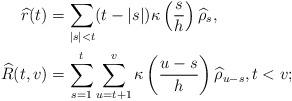
LaTeX: \begin{align*}\widehat{r}(t)&=\sum_{|s|<t}(t-|s|)\kappa\left(\frac{s}{h}\right)\widehat{\rho}_s,\\\widehat{R}(t,v)&=\sum_{s=1}^t\sum_{u=t+1}^v\kappa\left(\frac{u-s}{h}\right)\widehat{\rho}_{u-s},t<v;\end{align*}